Indian journal of veterinary science and animal husbandry - Volume 9,
Year: 1939
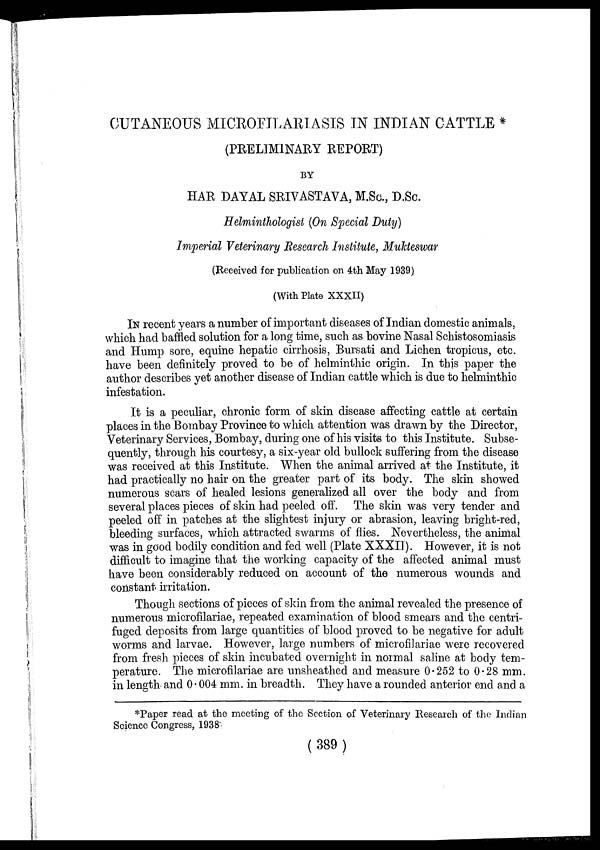
CUTANEOUS MICROFILARIASIS IN INDIAN CATTLE *
(PRELIMINARY REPORT)
BY
HAR DAYAL SRIVASTAVA, M.Sc., D.Sc.
Helminthologist (On Special Duty)
Imperial Veterinary Research Institute, Mukteswar
(Received for publication on 4th May 1939)
(With Plate XXXII)
IN recent years a number of important diseases of Indian domestic animals,
which had baffled solution for a long time, such as bovine Nasal Schistosomiasis
and Hump sore, equine hepatic cirrhosis, Bursati and Lichen tropicus, etc.
have been definitely proved to be of helminthic origin. In this paper the
author describes yet another disease of Indian cattle which is due to helminthic
infestation.
It is a peculiar, chronic form of skin disease affecting cattle at certain
places in the Bombay Province to which attention was drawn by the Director,
Veterinary Services, Bombay, during one of his visits to this Institute. Subse-
quently, through his courtesy, a six-year old bullock suffering from the disease
was received at this Institute. When the animal arrived at the Institute, it
had practically no hair on the greater part of its body. The skin showed
numerous scars of healed lesions generalized all over the body and from
several places pieces of skin had peeled off. The skin was very tender and
peeled off in patches at the slightest injury or abrasion, leaving bright-red,
bleeding surfaces, which attracted swarms of flies. Nevertheless, the animal
was in good bodily condition and fed well (Plate XXXII). However, it is not
difficult to imagine that the working capacity of the affected animal must
have been considerably reduced on account of the numerous wounds and
constant irritation.
Though sections of pieces of skin from the animal revealed the presence of
numerous microfilariae, repeated examination of blood smears and the centri-
fuged deposits from large quantities of blood proved to be negative for adult
worms and larvae. However, large numbers of microfilariae were recovered
from fresh pieces of skin incubated overnight in normal saline at body tem-
perature. The microfilariae are unsheathed and measure 0.252 to 0.28 mm.
in length and 0.004 mm. in breadth. They have a rounded anterior end and a
*Paper read at the meeting of the Section of Veterinary Research of the Indian
Science Congress, 1938
(389)